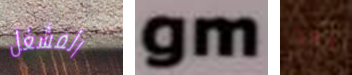
المشغل gm إيتا